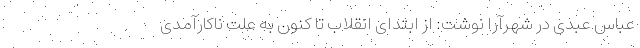
عباس عبدی در شهرآرا نوشت: از ابتدای انقلاب تا کنون به علت ناکارآمدی